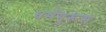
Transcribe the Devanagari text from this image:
धर्मगुरूंस